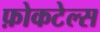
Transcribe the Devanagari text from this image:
फ़ोकटेल्स